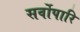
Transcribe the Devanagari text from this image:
सर्वोपारि